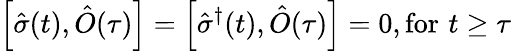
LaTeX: \left[\hat{\sigma}(t),\hat{O}(\tau)\right]=\left[\hat{\sigma}^{\dagger}(t),\hat{O}(\tau)\right]=0,\mathrm{for}\, \, t\geq\tau